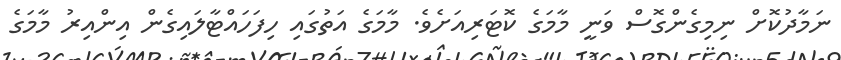
ނަމާދުކޮށް ނިމިގެންގޮސް ވަނީ މާމަގެ ކޮޓަރިއަށެވެ. މާމަގެ އަތުގައި ހިފަހައްޓާލައިގެން އިންއިރު މާމަގެ